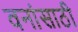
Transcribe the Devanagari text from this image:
वनांसाठी